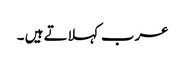
عرب کہلاتے ہیں ۔